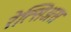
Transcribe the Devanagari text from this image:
रेत्सिअस